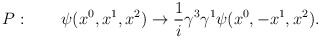
\begin{align*}P:\qquad \psi(x^0,x^1,x^2)\rightarrow {1\over i}\gamma^3\gamma^1\psi(x^0,-x^1,x^2).\end{align*}